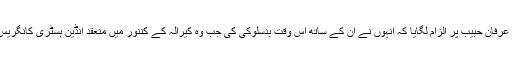
واضح رہے عارف محمد خان نے معروف مورخ عرفان حبیب پر الزام لگایا کہ انہوں نے ان کے ساتھ اس وقت بدسلوکی کی جب وہ کیرالہ کے کننور میں منعقد انڈین ہسٹری کانگریس کے 80ویں اجلاس سے خطاب کر رہے تھے ۔